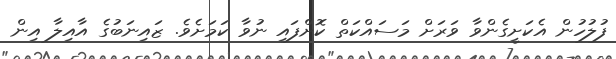
ފުލުހުން އެކަށީގެންވާ ވަރަށް މަސައްކަތް ކޮށްފައި ނުވާ ކަމަށެވެ. ޒައިނަބުގެ އާއިލާ އިން